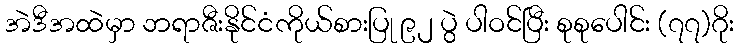
အဲဒီအထဲမှာ ဘရာဇီးနိုင်ငံကိုယ်စားပြု ၉၂ ပွဲ ပါဝင်ပြီး စုစုပေါင်း (၇၇)ဂိုး